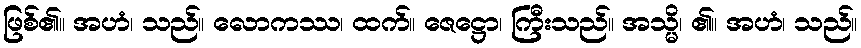
ဖြစ်၏။ အဟံ၊ သည်။ လောကဿ၊ ထက်။ ဇေဋ္ဌော၊ ကြီးသည်။ အသ္မိ၊ ၏။ အဟံ၊ သည်။